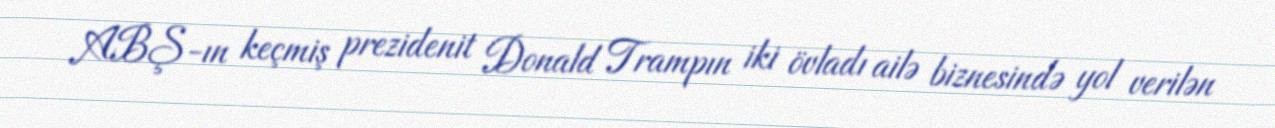
ABŞ-ın keçmiş prezidenit Donald Trampın iki övladı ailə biznesində yol verilən